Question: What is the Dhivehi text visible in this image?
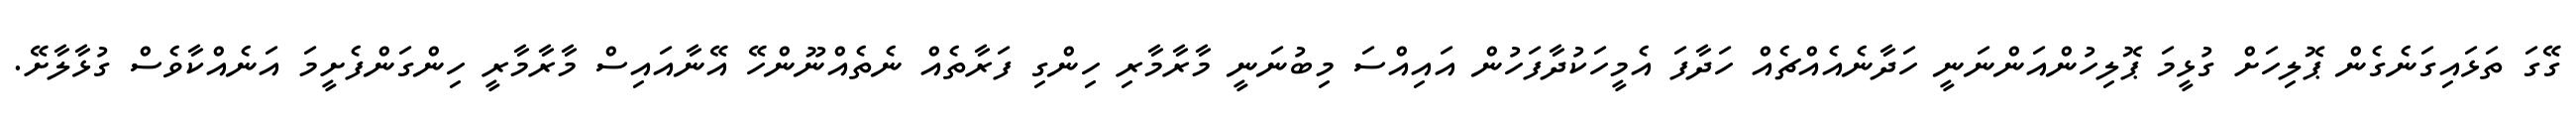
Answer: ގޭގަ ތަޅައިގަނެގެން ޕޮލިހަށް ގުޅީމަ ޕޮލިހުންއަންނަނީ ހަދާނެއެއްޗެއް ހަދާފަ އެމީހަކުދާފަހުން އައިއްސަ މިބުނަނީ މާރާމާރި ހިންގި ފަރާތެއް ނެތެއްނޫންހޭ އޭނާއައިސް މާރާމާރީ ހިންގަންފެށީމަ އަނެއްކާވެސް ގުޅާލާށޭ.